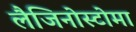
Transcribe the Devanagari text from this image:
लैजिनोस्टोमा